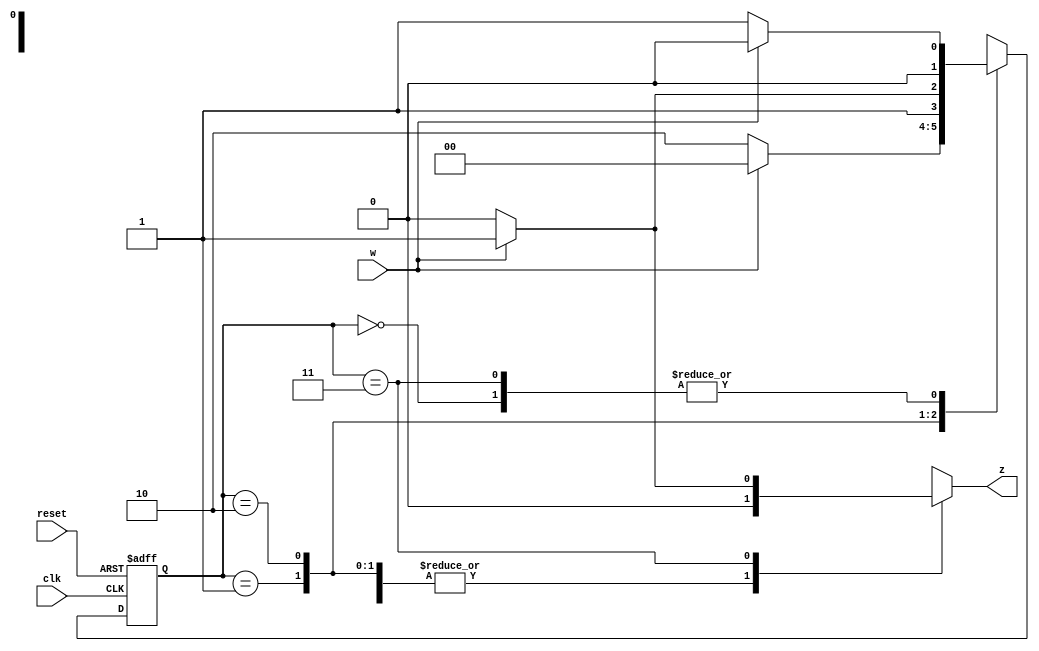
`timescale 1ns / 1ps
//////////////////////////////////////////////////////////////////////////////////
// Company: 
// Engineer: 
// 
// Design Name: 
// Module Name: top_mealy
// Project Name: 
// Target Devices: 
// Tool Versions: 
// Description: 
// 
// Dependencies: 
// 
// Revision:
// Revision 0.01 - File Created
// Additional Comments:
// 
//////////////////////////////////////////////////////////////////////////////////


module top_mealy(reset,clk,w,z);
input reset,clk,w;
output reg z;

reg [1:0]P_State, N_State;

parameter A=2'b00, B=2'b01, C=2'b10, D=2'b11;

always@(w,P_State)
case(P_State)
A: begin
       if(w==0)begin z=0; N_State = B; end
       else begin z=0; N_State = A; end
       end
B: begin
       if(w==0)begin z=0; N_State = C; end
       else begin z=0; N_State = A; end
       end
C: begin
       if(w==0)begin z=0; N_State = C; end
       else begin z=0; N_State = D; end
       end
D: begin
       if(w==0)begin z=0; N_State = B; end
       else begin z=1; N_State = A; end
       end
endcase

always@(posedge clk, negedge reset)
begin
if(!reset)
P_State <= A;
else
P_State <= N_State;
end
endmodule